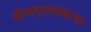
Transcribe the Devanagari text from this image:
वीजपुरवठ्याचा